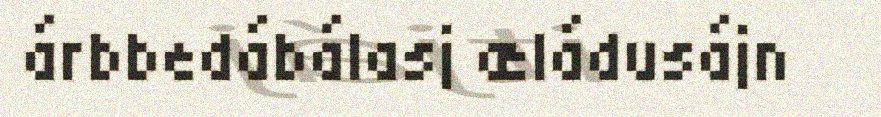
árbbedábálasj æládusájn